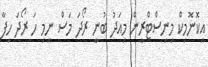
އިކޮނޮމިކް މިނިސްޓްރީން މިއަދު ބުނީ ރޯދަ މަސް ނިމި ހަ ރޯދަ ހިފާ